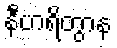
နီဟရိတွာန